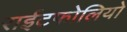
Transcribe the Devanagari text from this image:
राईटफोलियो